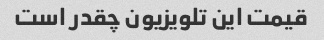
قیمت این تلویزیون چقدر است